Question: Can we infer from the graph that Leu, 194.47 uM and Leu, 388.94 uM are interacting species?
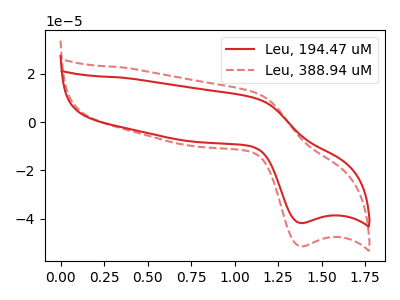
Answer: <think>The red curve "Leu, 194.47 uM" has an anodic peak at (1.10V, 9.80uA) and a cathodic peak at (1.40V, -41.85uA). The red dashed curve "Leu, 388.94 uM" has an anodic peak at (1.10V, 12.10uA) and a cathodic peak at (1.40V, -51.50uA).
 All the peaks in "Leu, 194.47 uM" have a peak in "Leu, 388.94 uM" at the same potential. Every peak in "Leu, 194.47 uM" is lower than every peak in "Leu, 388.94 uM".</think>
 <answer>No, "Leu, 194.47 uM" and "Leu, 388.94 uM" don't appear to be significantly different in shape</answer>
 <eval>no_change</eval>